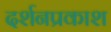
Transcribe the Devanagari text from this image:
दर्शनप्रकाश